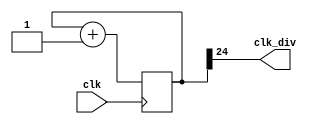
`timescale 1ns / 1ps
module clock_divider(clk,clk_div);
    input clk;
    output clk_div;
    parameter n = 25;
    reg[n-1:0]num;
    wire[n-1:0]next_num;
    always@(posedge clk)begin
        num <= next_num;
    end
    assign next_num = num + 1;
    assign clk_div = num[n-1];
endmodule

module lab3_2 (
    input clk,
    input rst,
    input speed,
    output led0,
    output led1
    );
    reg LD0,LD1;
    reg[2-1:0] counter;
    wire clk_div1,clk_div2,clk_div23,clk_div25;
	
    //only use the faster clock
	clock_divider #(23) div1(.clk(clk), .clk_div(clk_div23));

    //change speed by switch      
    assign clk_div0 = (speed)?clk_div25 : clk_div23;
	assign clk_div1 = (speed)?clk_div23 : clk_div25;
    
    //use a counter in our module to build another clock
    always@(posedge clk_div23)begin
        counter <= counter+1;
    end
    assign clk_div25 = counter[1]; 

    always@(posedge clk_div0 or posedge rst)begin
        if(rst) begin
            LD0 <= 1;//reset the led
        end else begin
            LD0 <= ~LD0;//toggle the led
        end
    end
    
    always@(posedge clk_div1 or posedge rst)begin
        if(rst) begin
            LD1 <= 1;
        end else begin
            LD1 <= ~LD1;
        end
    end

    //connect the register to wire
    assign led0 = LD0;
    assign led1 = LD1;
endmodule